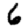
Digit: 6